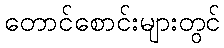
တောင်စောင်းများတွင်